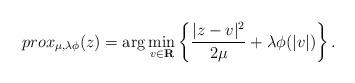
LaTeX: \begin{align*}prox_{\mu,\lambda\phi}(z) = \arg \min_{v\in \mathbf{R}} \left\{\frac{|z-v|^2}{2\mu} + \lambda \phi(|v|)\right\}.\end{align*}